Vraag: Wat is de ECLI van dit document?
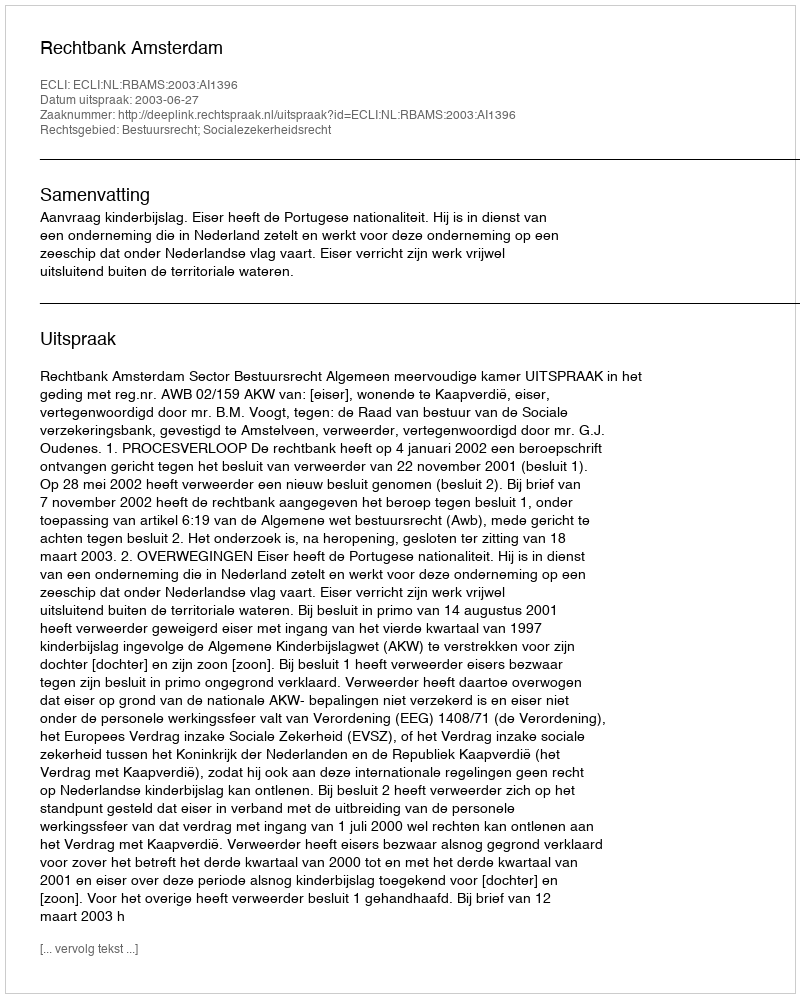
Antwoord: ECLI:NL:RBAMS:2003:AI1396